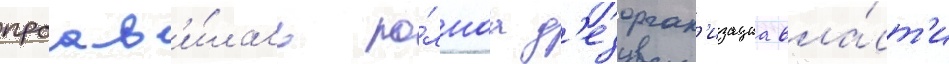
проав'и́лась по́лнаа д'езорган'изациа вла́ст'и